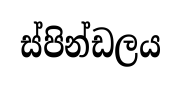
ස්පින්ඩලය